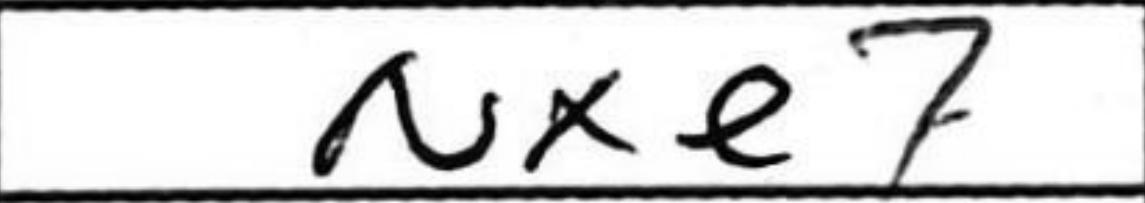
Transcription: Nxe7